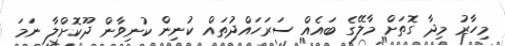
މިހާރު މިދާ ގޮތަށް މާލޭގެ ބައެއް ސަރަހައްދުތައް ކުނިން ކުނިވާން ދޫކޮށްލާ ނަމަ